Scottish Certificate of Education, 1963
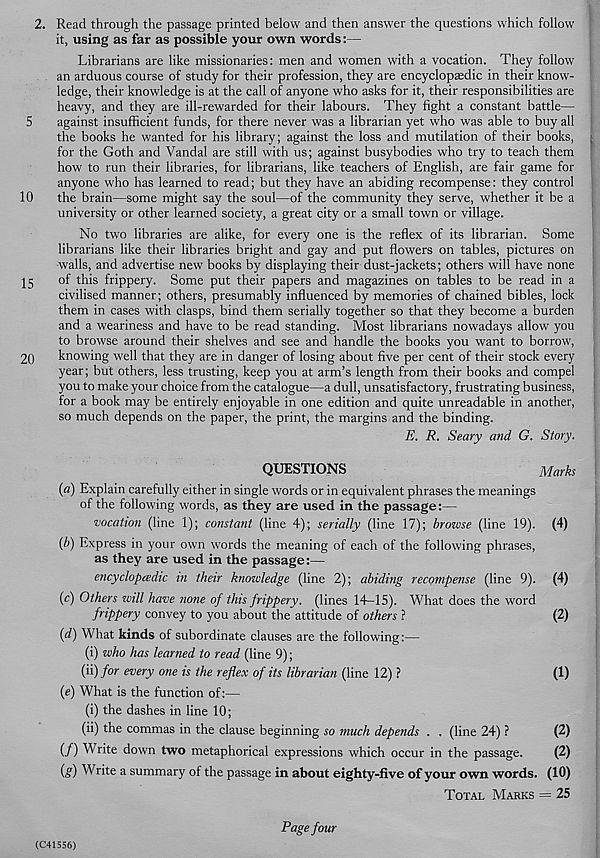
2. Read through the passage printed below and then answer the questions which follow
it, using as far as possible your own words:—
Librarians are like missionaries: men and women with a vocation. They follow
an arduous course of study for their profession, they are encyclopaedic in their know-
ledge, their knowledge is at the call of anyone who asks for it, their responsibilities are
heavy, and they are ill-rewarded for their labours. They fight a constant battle—
5
against insufficient funds, for there never was a librarian yet who was able to buy all
the books he v/anted for his library; against the loss and mutilation of their books, ;
for the Goth and Vandal are still with us; against busybodies who try to teach them
how to run their libraries, for librarians, like teachers of English, are fair game for
anyone who has learned to read; but they have an abiding recompense: they control
10
the brain—some might say the soul—of the community they serve, whether it be a
university or other learned society, a great city or a small town or village.
No two libraries are alike, for every one is the reflex of its librarian. Some
librarians like their libraries bright and gay and put flowers on tables, pictures on
walls, and advertise new books by displaying their dust-jackets; others will have none
jg
of this frippery. Some put their papers and magazines on tables to be read in a
civilised manner; others, presumably influenced by memories of chained bibles, lock
them in cases with clasps, bind them serially together so that they become a burden
and a weariness and have to be read standing. Most librarians nowadays allow you
to browse around their shelves and see and handle the books you want to borrow,
20
knowing well that they are in danger of losing about five per cent of their stock every
year; but others, less trusting, keep you at arm’s length from their books and compel
you to make your choice from the catalogue—a dull, unsatisfactory, frustrating business,
for a book may be entirely enjoyable in one edition and quite unreadable in another,
so much depends on the paper, the print, the margins and the binding.
E. R. Seary and G. Story.
QUESTIONS
Marks
{a) Explain carefully either in single words or in equivalent phrases the meanings
of the following words, as they are used in the passage:—
vocation (line 1); constant (line 4); serially (line 17); browse (line 19). (4)
(b) Express in your own words the meaning of each of the following phrases,
as they are used in the passage :—
encyclopcedic in their knowledge (line 2); abiding recompense (line 9). (4)
(c) Others will have none of this frippery, (lines 14—15). What does the word
frippery convey to you about the attitude of others ?
(2)
{d) What kinds of subordinate clauses are the following:—
(i) who has learned to read (line 9);
(ii) for every one is the reflex of its librarian (line 12) ?
(1)
(e) What is the function of:—
(i) the dashes in line 10;
(ii) the commas in the clause beginning so much depends . . (line 24) ?
(2)
(/) Write down two metaphorical expressions which occur in the passage.
(2)
{§) Write a summary of the passage in about eighty-five of your own words. (10)
TOTAL MARKS = 25
(C41556)
Page four